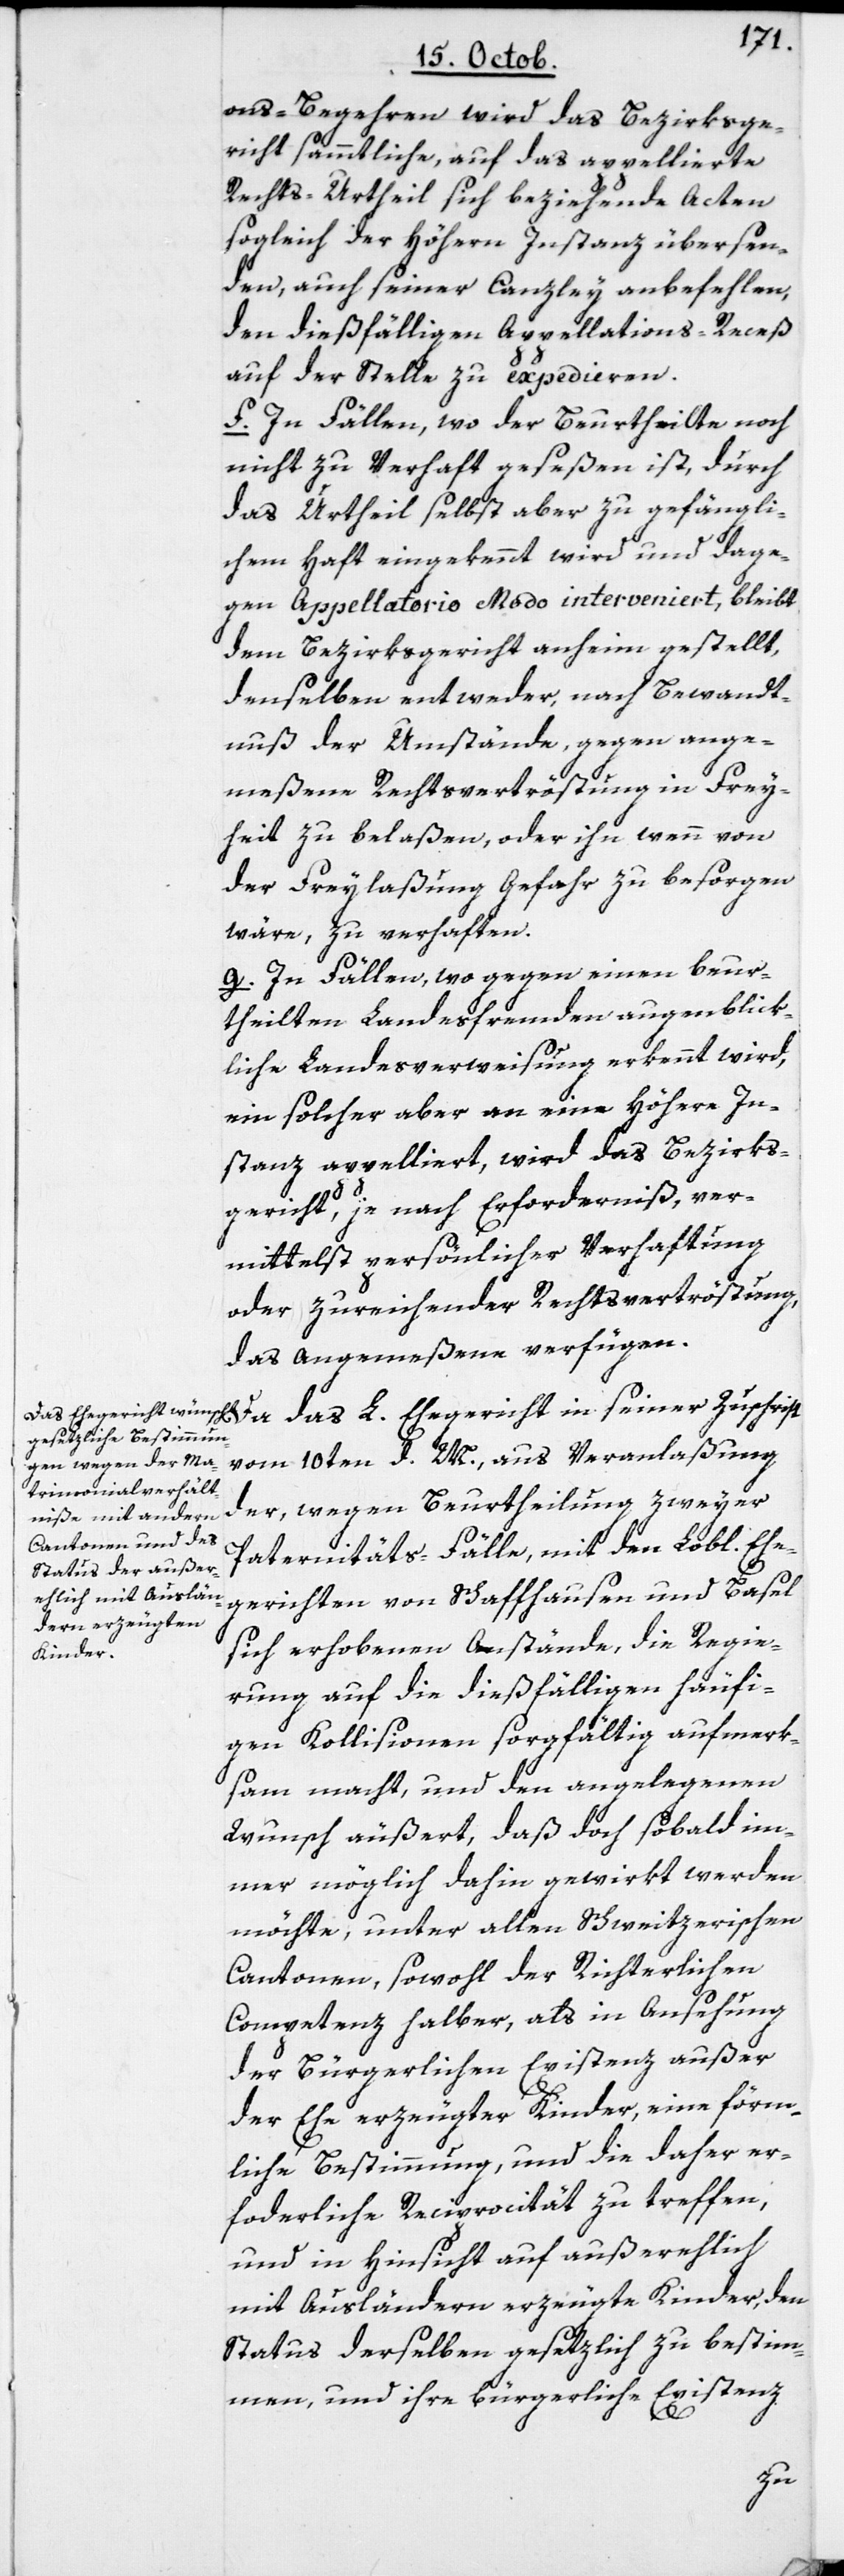
ons-Begehren wird das Bezirksge¬
richt sämmtliche, auf das appellierte
Rechts-Urtheil sich beziehende Acten
sogleich der höhern Instanz übersen¬
den, auch seiner Canzley anbefehlen,
den dießfälligen Appellations-Receß
auf der Stelle zu expedieren.
f) In Fällen wo der Beurtheilte noch
nicht zu Verhaft geseßen ist, durch
das Urtheil selbst aber zu gefängli¬
chem Haft eingekennt wird und dage¬
gen Appellatorio Modo interveniert, bleibt
dem Bezirksgericht anheim gestellt,
denselben entweder nach Bewandt¬
nuß der Umstände gegen ange¬
meßene Rechtsvertröstung in Frey¬
heit zu belaßen, oder ihn wenn von
der Freylaßung Gefahr zu besorgen
wäre, zu verhaften.
g) In Fällen wo gegen einen Beur¬
theilten Landesfremden augenblick¬
liche Landesverweisung erkennt wird,
ein solcher aber an eine höhere In¬
stanz appelliert, wird das Bezirks¬
gericht, je nach Erforderniß, ver¬
mittelst persönlicher Verhaftung
oder zureichender Rechtsvertröstung
das Angemeßene verfügen.
vom 10ten d. M. aus Veranlaßung
der, wegen Beurtheilung zweyer
Paternitäts-Fälle, mit den Lobl. Ehe¬
gerichten von Schaffhausen und Basel
sich erhobenen Anstände, die Regie¬
rung auf die dießfälligen häufi¬
gen Kollisionen sorgfältig aufmerk¬
sam macht, und den angelegenen
Wunsch äußert, daß doch sobald im¬
mer möglich dahin gewirkt werden
möchte, unter allen Schweitzerischen
Cantonen, sowohl der Richterlichen
Competenz halber, als in Ansehung
der Bürgerlichen Existenz außer
der Ehe erzeugter Kinder, eine förm¬
liche Bestimmung, und die daher er¬
forderliche Reciprocität zu treffen,
und in Hinsicht auf außerehlich
mit Ausländern erzeugte Kinder, den
Status derselben gesetzlich zu bestim¬
men, und ihre bürgerliche Existenz
L.